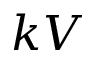
k V